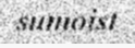
sumoist